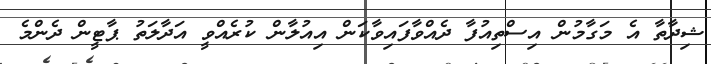
ޝިދާތާ އެ މަގާމުން އިސްތިއުފާ ދެއްވާފައިވާކަން އިއުލާން ކުރެއްވީ އަދާލަތު ޕާޓީން ދެންމެ